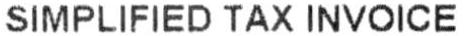
SIMPLIFIED TAX INVOICE